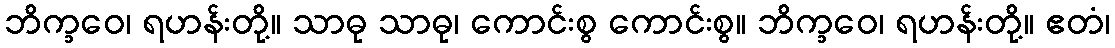
ဘိက္ခဝေ၊ ရဟန်းတို့။ သာဓု သာဓု၊ ကောင်းစွ ကောင်းစွ။ ဘိက္ခဝေ၊ ရဟန်းတို့။ ဧတံ၊